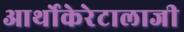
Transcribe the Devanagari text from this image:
आर्थोकेरेटालाजी